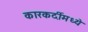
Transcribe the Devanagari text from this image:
कारकर्दीमध्ये